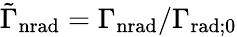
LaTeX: \tilde{\Gamma}_{\mathrm{nrad}}=\Gamma_{\mathrm{nrad}}/\Gamma_{\mathrm{rad};0}